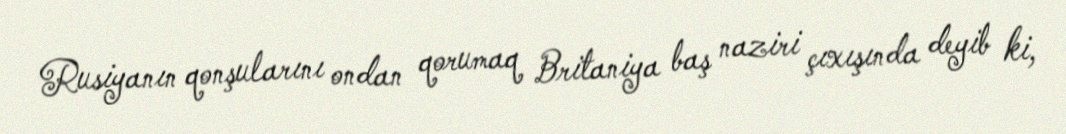
Rusiyanın qonşularını ondan qorumaq Britaniya baş naziri çıxışında deyib ki,